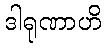
ဒါရုဏာဟိ